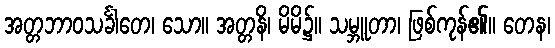
အတ္တဘာဝသင်္ခါတေ၊ သော။ အတ္တနိ၊ မိမိ၌။ သမ္ဘူတာ၊ ဖြစ်ကုန်၏။ တေန၊